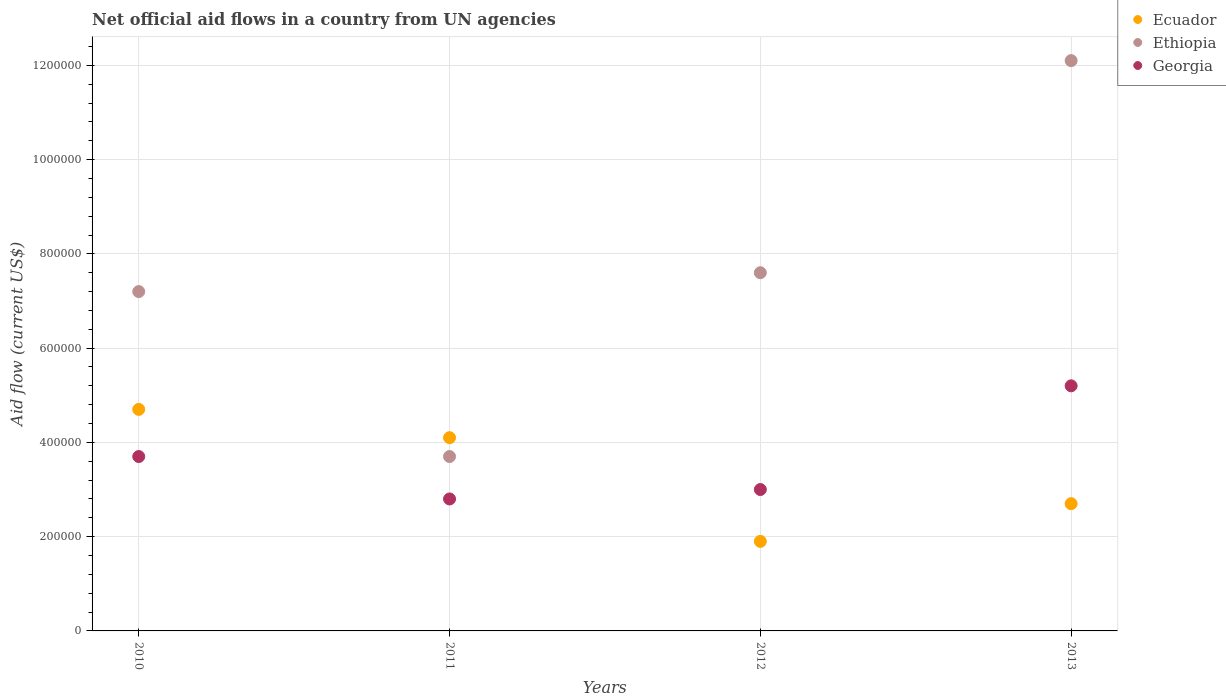
| Years | Ecuador | Ethiopia | Georgia |
 | --- | --- | --- | --- |
 | 2010 | 4.7e+05 | 7.2e+05 | 3.7e+05 |
 | 2011 | 4.1e+05 | 3.7e+05 | 2.8e+05 |
 | 2012 | 1.9e+05 | 7.6e+05 | 3e+05 |
 | 2013 | 2.7e+05 | 1.21e+06 | 5.2e+05 |